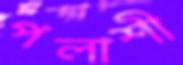
পলাশী